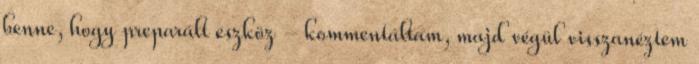
benne, hogy preparált eszköz - kommentáltam, majd végül visszanéztem